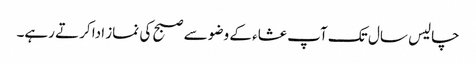
چالیس سال تک آپ عشاء کے وضو سے صبح کی نماز ادا کرتے رہے۔